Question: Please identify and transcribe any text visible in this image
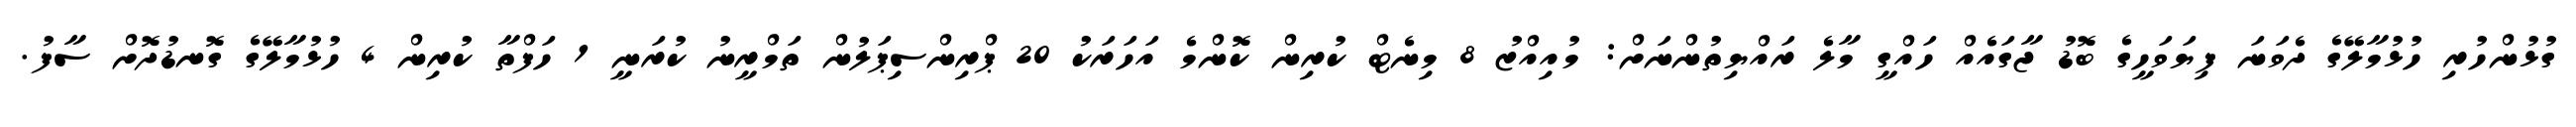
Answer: ގުޅުންހުރި ހުޅުމާލޭގެ ދެވަނަ ފިޔަވަހީގެ ބޮޑު ޖާގައެއް ހައްގީ މާލެ ރައްޔިތުންނަށް: މުއިއްޒު 8 މިނެޓް ކުރިން ކޮންމެ އަހަރަކު 20 ޕްރިންސިޕަލުން ތަމްރީނު ކުރަނީ 1 ހަފްތާ ކުރިން 4 ހުޅުމާލޭގެ ގޮނޑުދޮށް ސާފު.